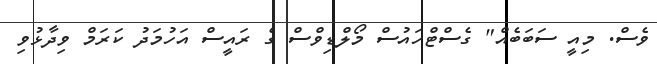
ވެސް. މިއީ ސަބަބެއް" ގެސްޓްހައުސް މޯލްޑިވްސް ގެ ރައީސް އަހުމަދު ކަރަމް ވިދާޅުވި